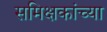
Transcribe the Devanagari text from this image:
समिक्षकांच्या